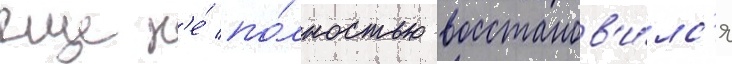
еще н'е́ по́лностью восстанов'и́лс'я